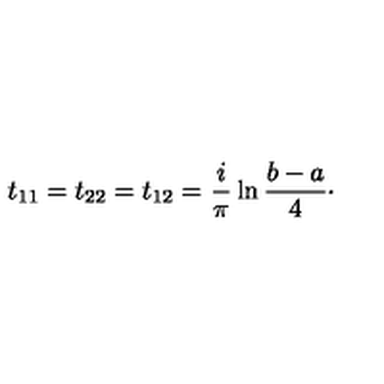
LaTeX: t _ { 1 1 } = t _ { 2 2 } = t _ { 1 2 } = { \frac { i } { \pi } } \ln { \frac { b - a } { 4 } } \cdotp